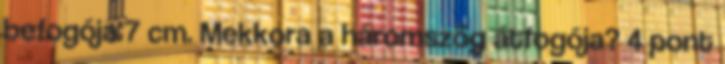
befogója 7 cm. Mekkora a háromszög átfogója? 4 pont